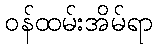
ဝန်ထမ်းအိမ်ရာ